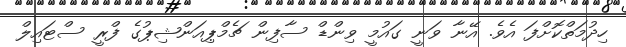
ހިދުމަތްކޮށްފަ އެވެ. އޭނާ ވަނީ ގައުމީ ވިންޑް ސާފިން ޗެމްޕިއަންޝިޕުގެ ފްރީ ސްޓައިލް